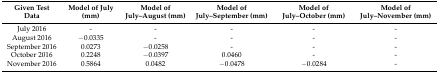
<table><thead><tr><td><b>Given Test Data</b></td><td><b>Model of July (mm)</b></td><td><b>Model of July–August (mm)</b></td><td><b>Model of July–September (mm)</b></td><td><b>Model of July–October (mm)</b></td><td><b>Model of July–November (mm)</b></td></tr></thead><tbody><tr><td>July 2016</td><td>-</td><td>-</td><td>-</td><td>-</td><td>-</td></tr><tr><td>August 2016</td><td>−0.0335</td><td>-</td><td>-</td><td>-</td><td>-</td></tr><tr><td>September 2016</td><td>0.0273</td><td>−0.0258</td><td>-</td><td>-</td><td>-</td></tr><tr><td>October 2016</td><td>0.2248</td><td>−0.0397</td><td>0.0460</td><td>-</td><td>-</td></tr><tr><td>November 2016</td><td>0.5864</td><td>0.0482</td><td>−0.0478</td><td>−0.0284</td><td>-</td></tr></tbody></table>